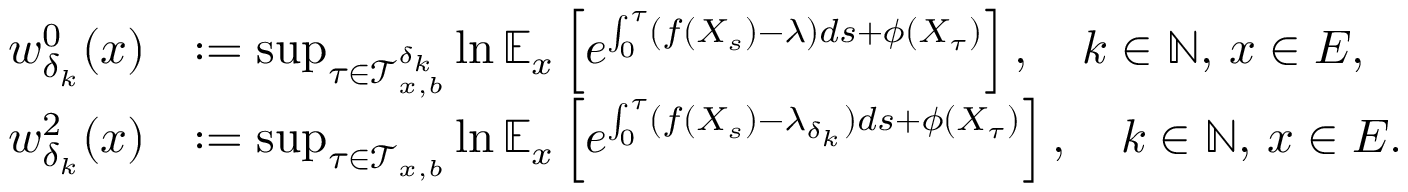
\begin{array} { r l } { w _ { \delta _ { k } } ^ { 0 } ( x ) } & { : = \operatorname* { s u p } _ { \tau \in \mathcal { T } _ { x , b } ^ { \delta _ { k } } } \ln \mathbb { E } _ { x } \left[ e ^ { \int _ { 0 } ^ { \tau } ( f ( X _ { s } ) - \lambda ) d s + \phi ( X _ { \tau } ) } \right] , \quad k \in \mathbb { N } , \, x \in E , } \\ { w _ { \delta _ { k } } ^ { 2 } ( x ) } & { : = \operatorname* { s u p } _ { \tau \in \mathcal { T } _ { x , b } } \ln \mathbb { E } _ { x } \left[ e ^ { \int _ { 0 } ^ { \tau } ( f ( X _ { s } ) - \lambda _ { \delta _ { k } } ) d s + \phi ( X _ { \tau } ) } \right] , \quad k \in \mathbb { N } , \, x \in E . } \end{array}